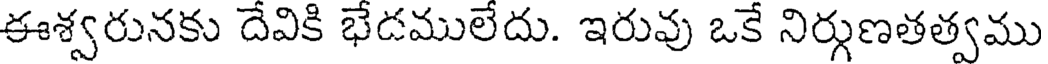
ఈశ్వరునకు దేవికి భేడములేదు. ఇరువు ఒకే నిర్గుణతత్వము